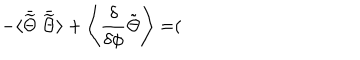
LaTeX: - \langle \bar { \widetilde { \Theta } } ~ \bar { \widetilde { \Theta } } \rangle + \left\langle { \frac { \delta } { \delta \phi } } \tilde { \Theta } \right\rangle = (